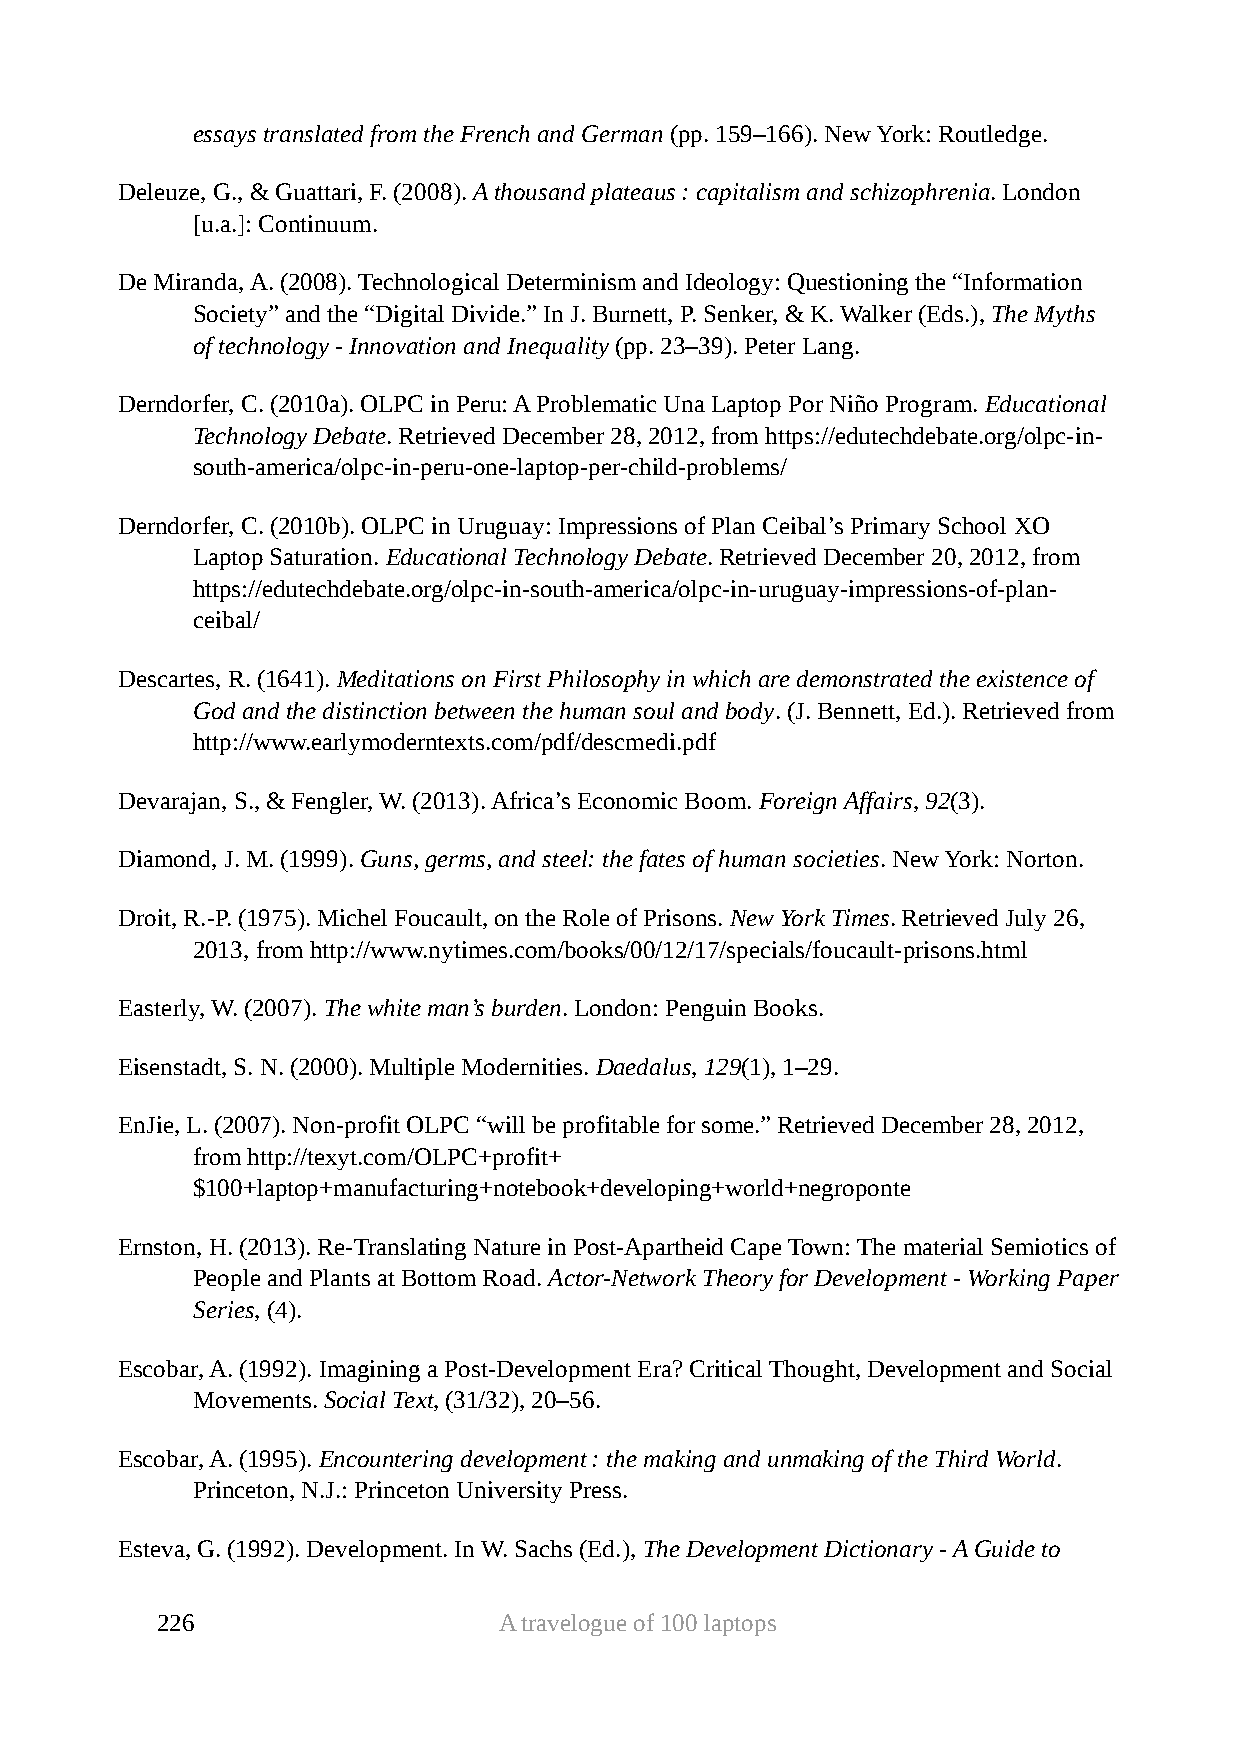
essays translated from the French and German (pp. 159–166). New York: Routledge.
 Deleuze, G., & Guattari, F. (2008). A thousand plateaus : capitalism and schizophrenia. London
 [u.a.]: Continuum.
 De Miranda, A. (2008). Technological Determinism and Ideology: Questioning the “Information
 Society” and the “Digital Divide.” In J. Burnett, P. Senker, & K. Walker (Eds.), The Myths
 of technology - Innovation and Inequality (pp. 23–39). Peter Lang.
 Derndorfer, C. (2010a). OLPC in Peru: A Problematic Una Laptop Por Niño Program. Educational
 Technology Debate. Retrieved December 28, 2012, from https://edutechdebate.org/olpc-in-
 south-america/olpc-in-peru-one-laptop-per-child-problems/
 Derndorfer, C. (2010b). OLPC in Uruguay: Impressions of Plan Ceibal’s Primary School XO
 Laptop Saturation. Educational Technology Debate. Retrieved December 20, 2012, from
 https://edutechdebate.org/olpc-in-south-america/olpc-in-uruguay-impressions-of-plan-
 ceibal/
 Descartes, R. (1641). Meditations on First Philosophy in which are demonstrated the existence of
 God and the distinction between the human soul and body. (J. Bennett, Ed.). Retrieved from
 http://www.earlymoderntexts.com/pdf/descmedi.pdf
 Devarajan, S., & Fengler, W. (2013). Africa’s Economic Boom. Foreign Affairs, 92(3).
 Diamond, J. M. (1999). Guns, germs, and steel: the fates of human societies. New York: Norton.
 Droit, R.-P. (1975). Michel Foucault, on the Role of Prisons. New York Times. Retrieved July 26,
 2013, from http://www.nytimes.com/books/00/12/17/specials/foucault-prisons.html
 Easterly, W. (2007). The white man’s burden. London: Penguin Books.
 Eisenstadt, S. N. (2000). Multiple Modernities. Daedalus, 129(1), 1–29.
 EnJie, L. (2007). Non-profit OLPC “will be profitable for some.” Retrieved December 28, 2012,
 from http://texyt.com/OLPC+profit+
 $100+laptop+manufacturing+notebook+developing+world+negroponte
 Ernston, H. (2013). Re-Translating Nature in Post-Apartheid Cape Town: The material Semiotics of
 People and Plants at Bottom Road. Actor-Network Theory for Development - Working Paper
 Series, (4).
 Escobar, A. (1992). Imagining a Post-Development Era? Critical Thought, Development and Social
 Movements. Social Text, (31/32), 20–56.
 Escobar, A. (1995). Encountering development : the making and unmaking of the Third World.
 Princeton, N.J.: Princeton University Press.
 Esteva, G. (1992). Development. In W. Sachs (Ed.), The Development Dictionary - A Guide to
 226                    A travelogue of 100 laptops